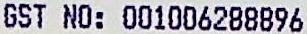
GST NO: 001006288896